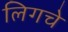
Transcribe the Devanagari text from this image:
लिगचे